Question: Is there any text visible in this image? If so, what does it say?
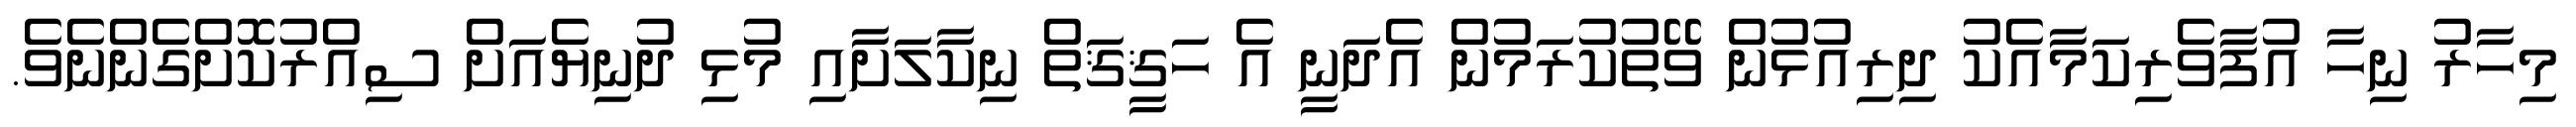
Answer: މިހާރު ނިހާ އުފާވެރިކަމާއެކު ދިރިއުޅުން ވޭތުކުރަމުން އެދަނީ އެ ހަޤީޤަތް ނިކާލަށާއި މުޅި ދުނިޔެއަށް ސިއްރުކޮށްގެންނެވެ.